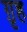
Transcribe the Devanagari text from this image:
ग़ृह